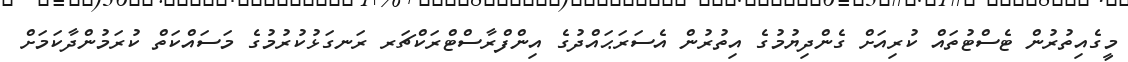
މީގެއިތުރުން ޓެސްޓުތައް ކުރިއަށް ގެންދިޔުމުގެ އިތުރުން އެސަރަޙައްދުގެ އިންފްރާސްޓްރަކްޗަރ ރަނގަޅުކުރުމުގެ މަސައްކަތް ކުރަމުންދާކަމަށް